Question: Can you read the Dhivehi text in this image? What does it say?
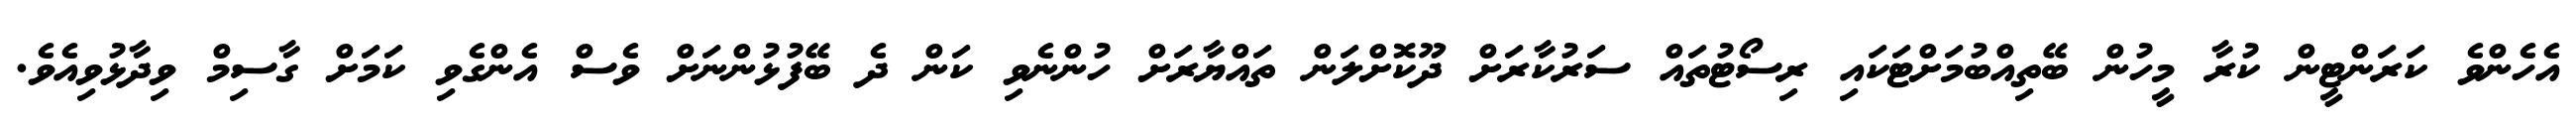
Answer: އެހެންވެ ކަރަންޓީން ކުރާ މީހުން ބޭތިއްބުމަށްޓަކައި ރިސޯޓުތައް ސަރުކާރަށް ދޫކޮށްލަން ތައްޔާރަށް ހުންނެވި ކަން ދެ ބޭފުޅުންނަށް ވެސް އެންގެވި ކަމަށް ގާސިމް ވިދާޅުވިއެވެ.